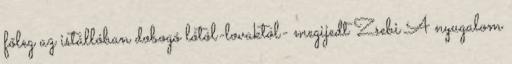
főleg az istállóban dobogó lótól-lovaktól- megijedt Zsebi A nyugalom